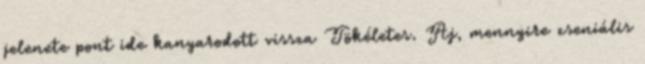
jelenete pont ide kanyarodott vissza Tökéletes. Aj, mennyire zseniális